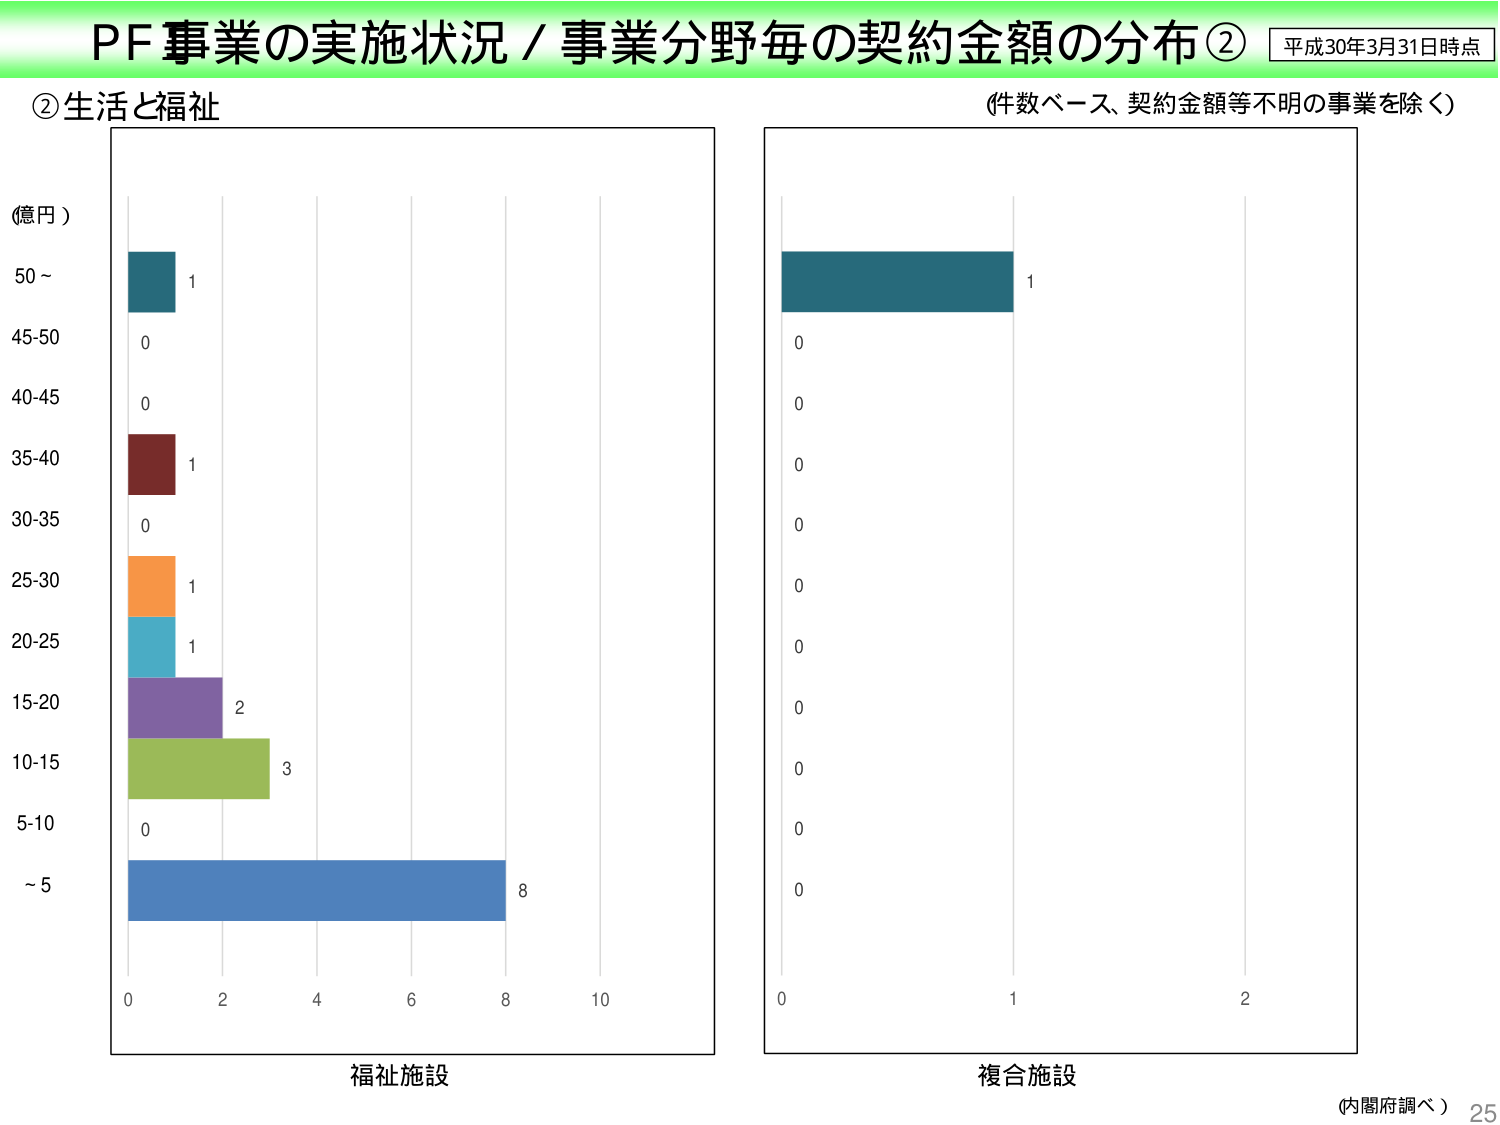
PF事業の実施状況／事業分野毎の契約金額の分布② 平成30年3月31日時点
②生活と福祉 （件数ベース、契約金額等不明の事業を除く）
(億円)
50～ 1
45-50 0
40-45 0
35-40 1
30-35 0
25-30 1
20-25 1
15-20 2
10-15 3
5-10 0
～5 8
0 2 4 6 8 10
福祉施設
0 1 2
複合施設
(内閣府調べ) 25